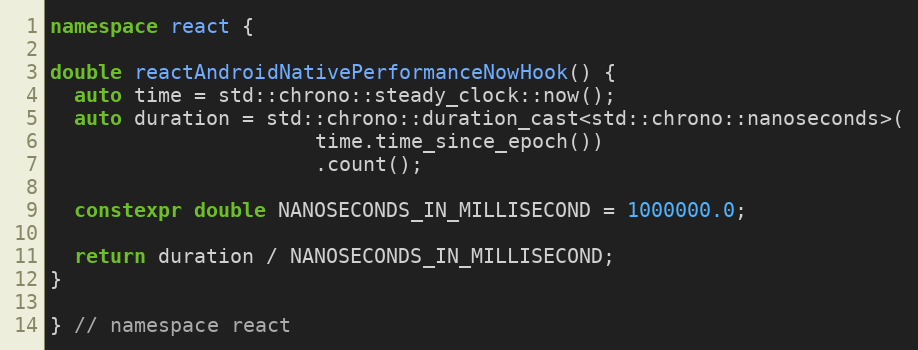
Language: C++
namespace react {

double reactAndroidNativePerformanceNowHook() {
  auto time = std::chrono::steady_clock::now();
  auto duration = std::chrono::duration_cast<std::chrono::nanoseconds>(
                      time.time_since_epoch())
                      .count();

  constexpr double NANOSECONDS_IN_MILLISECOND = 1000000.0;

  return duration / NANOSECONDS_IN_MILLISECOND;
}

} // namespace react